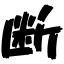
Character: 断